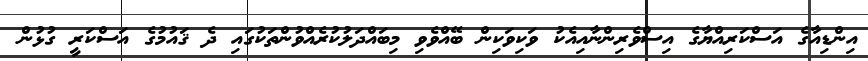
އިންޑިއާގެ އަސްކަރިއްޔާގެ އިސްވެރިންނާއިއެކު ވަކިވަކިން ބޭއްވެވި މިބައްދަލުކުރެއްވުންތަކުގައި ދެ ޤައުމުގެ އަސްކަރީ ގުޅުން